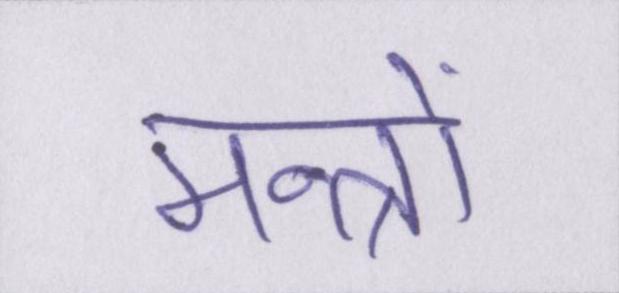
मन्त्रों